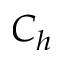
C _ { h }